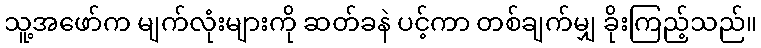
သူ့အဖော်က မျက်လုံးများကို ဆတ်ခနဲ ပင့်ကာ တစ်ချက်မျှ ခိုးကြည့်သည်။